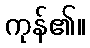
ကုန်၏။